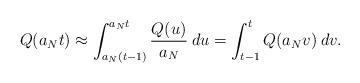
LaTeX: \begin{align*}Q(a_N t) \approx \int_{a_N(t - 1)}^{a_Nt} \frac{Q(u)}{a_N} \: du = \int_{t-1}^t Q(a_N v) \: dv.\end{align*}